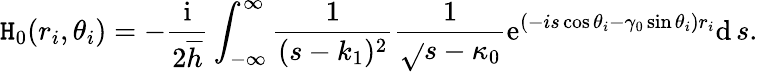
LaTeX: \mathtt{H}_{0}(r_{i},\theta_{i})=-\frac{{\mathrm{{i}}}}{{2\overline{{{h}}}}}\int_{-\infty}^{\infty}\frac{{1}}{{(s-k_{1})^{2}}}\frac{{1}}{{\sqrt{}{{s-\kappa_{0}}}}}\mathrm{{e}}^{(-is\cos\theta_{i}-\gamma_{0}\sin\theta_{i})r_{i}}\mathrm{{d}}\, s.